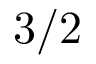
3 / 2